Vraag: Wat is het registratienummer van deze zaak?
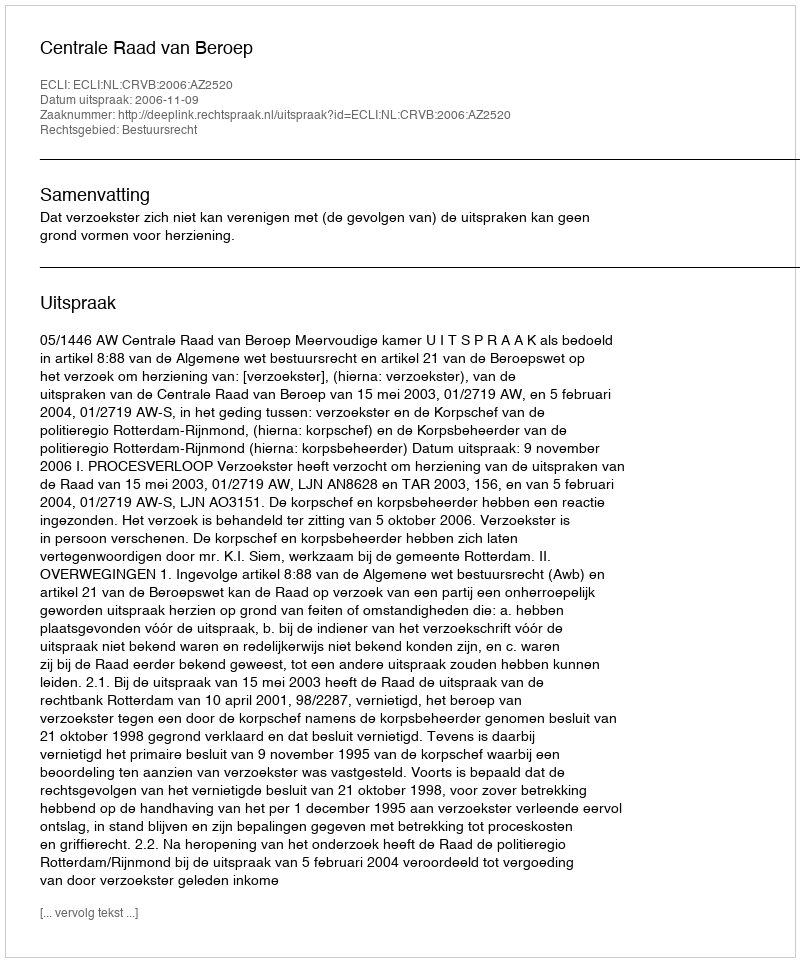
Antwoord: http://deeplink.rechtspraak.nl/uitspraak?id=ECLI:NL:CRVB:2006:AZ2520